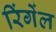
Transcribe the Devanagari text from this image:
रिंगेंल